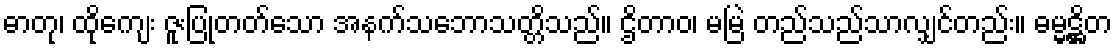
ဓာတု၊ ထိုကျေး ဇူးပြုတတ်သော အနက်သဘောသတ္တိသည်။ ဌိတာဝ၊ မမြဲ တည်သည်သာလျှင်တည်း။ ဓမ္မဋ္ဌိတ